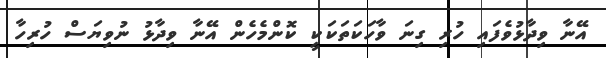
އޭނާ ވިދާޅުވެފައި ހުރި ގިނަ ވާހަކަތަކަކީ ކޮންމެހެން އޭނާ ވިދާޅު ނުވިޔަސް ހުރިހާ